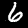
Label: 6